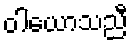
ဝါယောသညီ